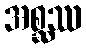
အစ္ဆဿ